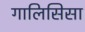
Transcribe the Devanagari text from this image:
गालिसिसा